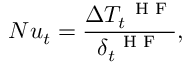
N u _ { t } = \frac { \Delta T _ { t } ^ { \mathrm { ~ \scriptsize ~ H ~ F ~ } } } { \delta _ { t } ^ { \mathrm { ~ \scriptsize ~ H ~ F ~ } } } ,